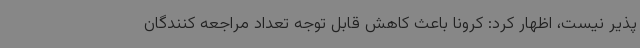
پذیر نیست، اظهار کرد: کرونا باعث کاهش قابل توجه تعداد مراجعه کنندگان